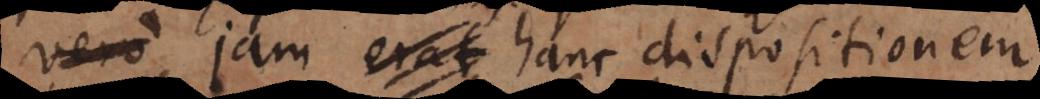
vero jam erat hanc dispositionem